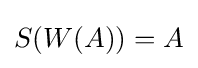
S(W(A))=A